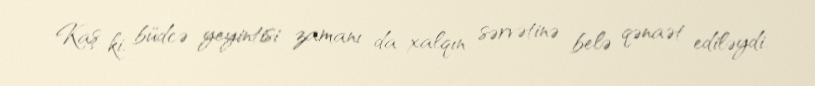
Kaş ki, büdcə yeyintisi zamanı da xalqın sərvətinə belə qənaət ediləydi.